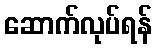
ဆောက်လုပ်ရန်